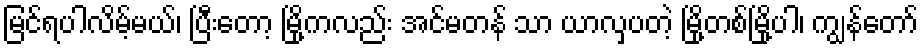
မြင်ရပါလိမ့်မယ်၊ ပြီးတော့ မြို့ကလည်း အင်မတန် သာ ယာလှပတဲ့ မြို့တစ်မြို့ပါ၊ ကျွန်တော်